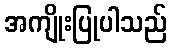
အကျိုးပြုပါသည်